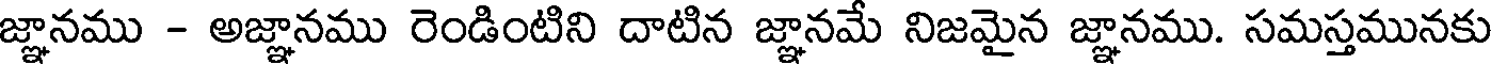
జ్ఞానము - అజ్ఞానము రెండింటిని దాటిన జ్ఞానమే నిజమైన జ్ఞానము. సమస్తమునకు